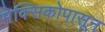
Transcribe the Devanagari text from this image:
मेक्सिकोपासून